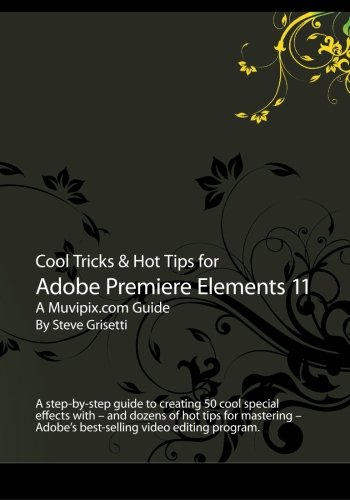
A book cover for Cool Tricks & Hot Tips for Adobe Premiere Elements 11: A step-by-step guide to creating 50 cool special effects with -- and dozens of hot tips for ... - Adobe's best-selling video editing program.; Steve Grisetti; Arts & Photography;